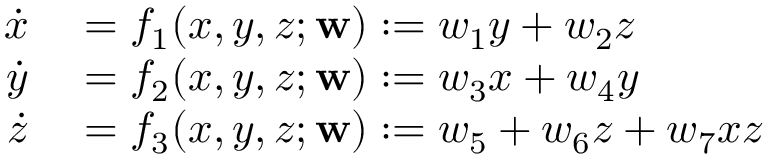
\begin{array} { r l } { \dot { x } } & { { } = f _ { 1 } ( x , y , z ; \mathbf { w } ) : = w _ { 1 } y + w _ { 2 } z } \\ { \dot { y } } & { { } = f _ { 2 } ( x , y , z ; \mathbf { w } ) : = w _ { 3 } x + w _ { 4 } y } \\ { \dot { z } } & { { } = f _ { 3 } ( x , y , z ; \mathbf { w } ) : = w _ { 5 } + w _ { 6 } z + w _ { 7 } x z } \end{array}